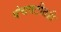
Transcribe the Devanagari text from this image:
पंचवटीतही